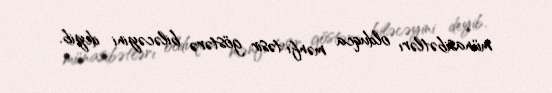
münasibətlərı olduqca mənfi təsir göstərə biləcəyini deyib.